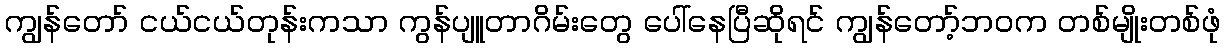
ကျွန်တော် ငယ်ငယ်တုန်းကသာ ကွန်ပျူတာဂိမ်းတွေ ပေါ်နေပြီဆိုရင် ကျွန်တော့်ဘဝက တစ်မျိုးတစ်ဖုံ